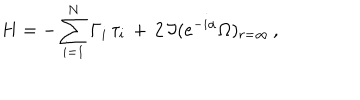
H = - \sum _ { i = 1 } ^ { N } \Gamma _ { i } \, \tau _ { i } \, + \, 2 \, \Im ( e ^ { - i \alpha } \Omega ) _ { r = \infty } \, ,